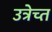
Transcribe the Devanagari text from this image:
उत्रेच्त